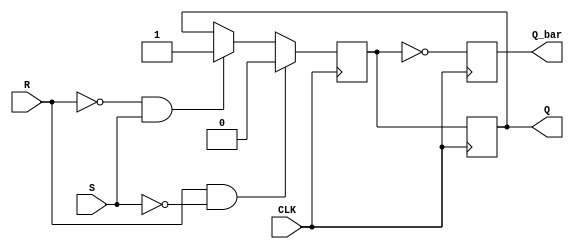
module SR_FF(input S, R, CLK, output reg Q, Q_bar);
  reg Q_temp;
  
  always @(posedge CLK) begin
    if(R && !S) begin
      Q_temp <= 0;
    end else if(!R && S) begin
      Q_temp <= 1;
    end else if(R && S) begin
      Q_temp <= Q;
    end else begin
      Q_temp <= Q;
    end
  end
  
  always @(posedge CLK) begin
    Q <= Q_temp;
    Q_bar <= ~Q_temp;
  end
endmodule